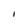
Character: I